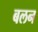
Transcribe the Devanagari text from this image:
बलन